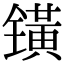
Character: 𨱑